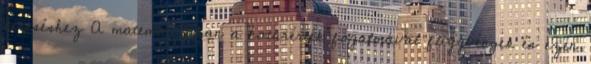
kereséshez A matematikában a határérték fogalmával függvények és ezen